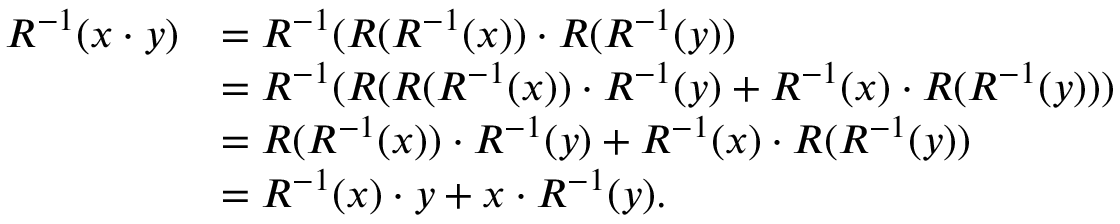
\begin{array} { r l } { R ^ { - 1 } ( x \cdot y ) } & { = R ^ { - 1 } ( R ( R ^ { - 1 } ( x ) ) \cdot R ( R ^ { - 1 } ( y ) ) } \\ & { = R ^ { - 1 } ( R ( R ( R ^ { - 1 } ( x ) ) \cdot R ^ { - 1 } ( y ) + R ^ { - 1 } ( x ) \cdot R ( R ^ { - 1 } ( y ) ) ) } \\ & { = R ( R ^ { - 1 } ( x ) ) \cdot R ^ { - 1 } ( y ) + R ^ { - 1 } ( x ) \cdot R ( R ^ { - 1 } ( y ) ) } \\ & { = R ^ { - 1 } ( x ) \cdot y + x \cdot R ^ { - 1 } ( y ) . } \end{array}